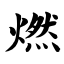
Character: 燃